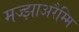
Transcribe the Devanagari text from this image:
मज्झाअरैम्मि